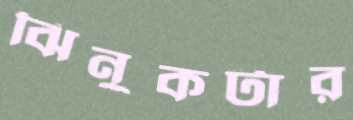
ঝিনুকটার